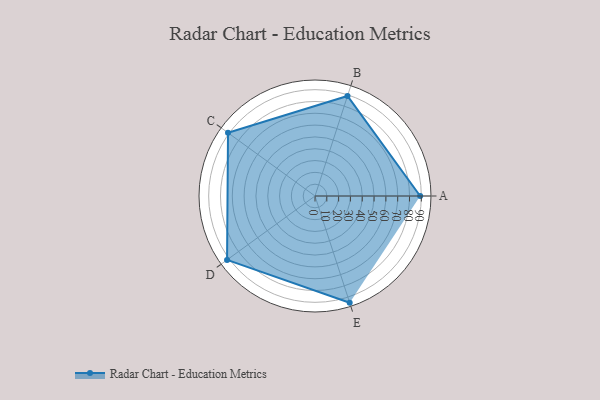
{"axis": {"x": "Skill", "y": "Score"}, "legend": ["Profile"], "data": [{"x": "A", "y": 89.0, "type": "Profile"}, {"x": "B", "y": 89.0, "type": "Profile"}, {"x": "C", "y": 91.0, "type": "Profile"}, {"x": "D", "y": 92.0, "type": "Profile"}, {"x": "E", "y": 95.0, "type": "Profile"}]}